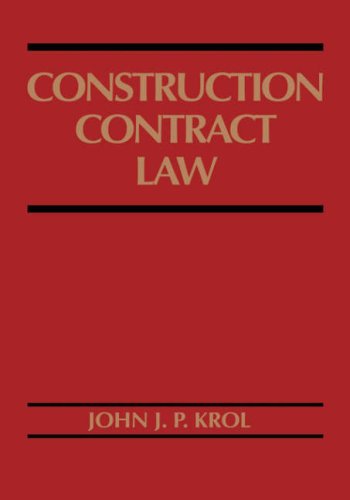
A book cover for Construction Contract Law; John J. P. Krol; Law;